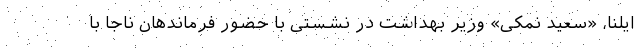
ایلنا، «سعید نمکی» وزیر بهداشت در نشستی با حضور فرماندهان ناجا با